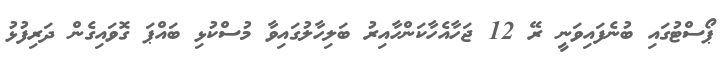
ޕޯސްޓުގައި ބުނެފައިވަނީ ރޭ 12 ޖަހާއެހާކަންހާއިރު ބަލިހާލުގައިވާ މުސްކުޅި ބައްޕަ ގޮވައިގެން ދަރިފުޅު